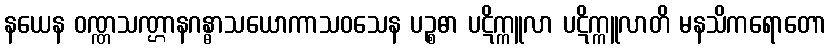
နယေန ဝဏ္ဏသဏ္ဌာနဂန္ဓာသယောကာသဝသေန ပဉ္စဓာ ပဋိက္ကူလာ ပဋိက္ကူလာတိ မနသိကရောတော